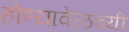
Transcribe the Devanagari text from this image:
होण्यावेळच्यी